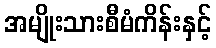
အမျိုးသားစီမံကိန်းနှင့်